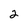
Character: 2